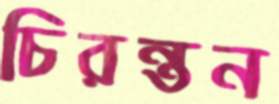
চিরন্তন